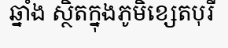
ឆ្នាំង ស្ថិតក្នុងភូមិខ្សេតបុរី